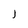
Character: j